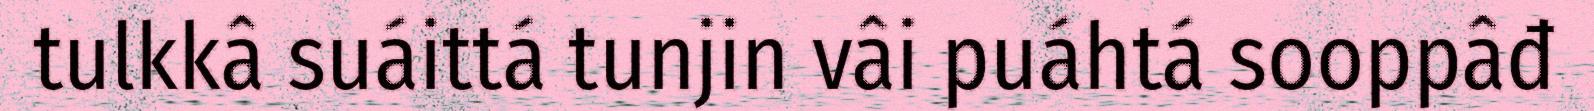
tulkkâ suáittá tunjin vâi puáhtá sooppâđ